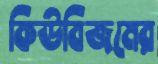
কিউবিজমের